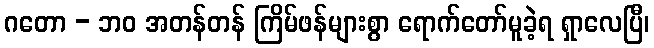
ဂတော - ဘဝ အတန်တန် ကြိမ်ဖန်များစွာ ရောက်တော်မူခဲ့ရ ရှာလေပြီ၊